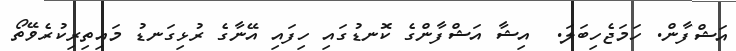
އަޝްފާން. ހަމަޖެހިބަލަ.  އިޝާ އަޝްފާންގެ ކޮނޑުގައި ހިފައި އޭނާގެ ރުޅިގަނޑު މައިތިރިކުރެވޭތޯ